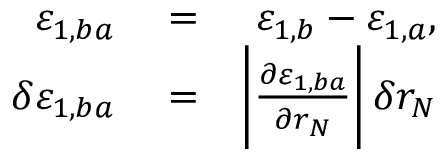
\begin{array} { r l r } { \varepsilon _ { 1 , b a } } & { { } = } & { \varepsilon _ { 1 , b } - \varepsilon _ { 1 , a } , } \\ { \delta \varepsilon _ { 1 , b a } } & { { } = } & { \bigg | \frac { \partial \varepsilon _ { 1 , b a } } { \partial r _ { N } } \bigg | \, \delta r _ { N } } \end{array}